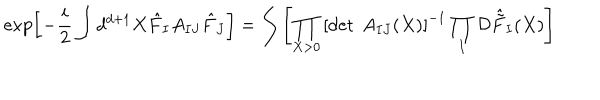
\exp \left[ - \frac { i } { 2 } \int d ^ { d + 1 } X \hat { F } _ { I } A _ { I J } \hat { F } _ { J } \right] = \int \left[ \prod _ { X > 0 } \left[ \det ~ A _ { I J } ( X ) \right] ^ { - 1 } \prod _ { I } { \cal D } \hat { \tilde { F } } _ { I } ( X ) \right]